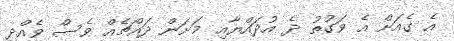
އެ ގެއަށް އެ ވަގުތު ދެ އުދައްޔާއި މަށަން ދައްޗެއް ވެސް ވެއްދި